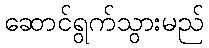
ဆောင်ရွက်သွားမည်